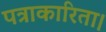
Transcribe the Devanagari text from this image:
पत्राकारिता।